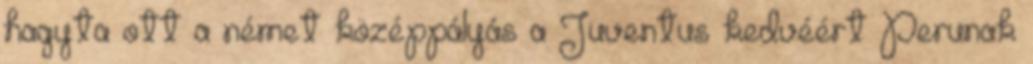
hagyta ott a német középpályás a Juventus kedvéért Perunak